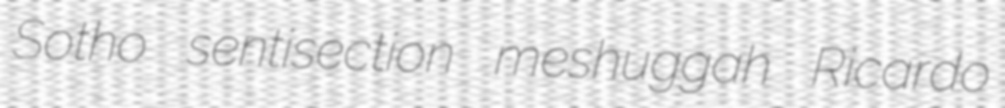
Sotho sentisection meshuggah Ricardo